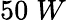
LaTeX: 50\; W